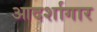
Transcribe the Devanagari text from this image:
आदर्शागार